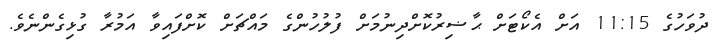
ދުވަހުގެ 11:15 އަށް އެކޯޓަށް ޙާޟިރުކޮށްދިނުމަށް ފުލުހުންގެ މައްޗަށް ކޮށްފައިވާ އަމުރާ ގުޅިގެންނެވެ.